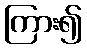
ကြား၍